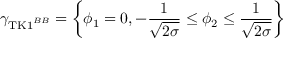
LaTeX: \gamma _ { \mathrm { T K 1 } ^ { B B } } = \left\{ \phi _ { 1 } = 0 , - \frac { 1 } { \sqrt { 2 \sigma } } \leq \phi _ { 2 } \leq \frac { 1 } { \sqrt { 2 \sigma } } \right\}